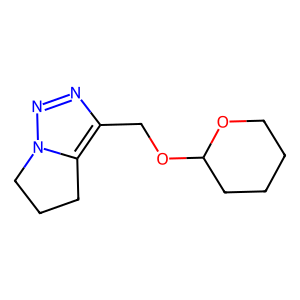
SMILES: C1CCC(OCc2nnn3c2CCC3)OC1
Inhibits HIV replication: No